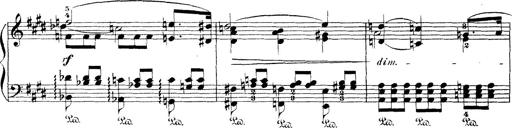
Title: Wagner-Liszt Album
Composer: Franz Liszt